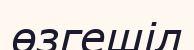
өзгешіл